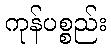
ကုန်ပစ္စည်း